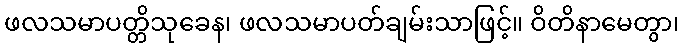
ဖလသမာပတ္တိသုခေန၊ ဖလသမာပတ်ချမ်းသာဖြင့်။ ဝိတိနာမေတွာ၊